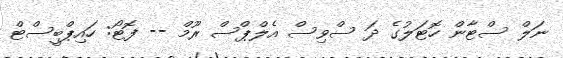
ނަލް ސްޓާން ހޮޓަލުގެ ދަ ސްވިސް އެލްޕްސް ރޫމް -- ފޮޓޯ: ހައިޕްބީސްޓް